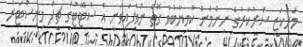
މަރުކަޒީ ސަރުކާރުގެ ނިންމުން ކާމިޔާބުވާ ގޮތް ނުވެފައިވަނީ އެ ސްޓޭޓުގެ ޗީފް މިނިސްޓަރު